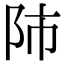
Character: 𨸲